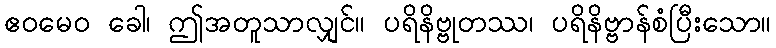
ဧဝမေဝ ခေါ၊ ဤအတူသာလျှင်။ ပရိနိဗ္ဗုတဿ၊ ပရိနိဗ္ဗာန်စံပြီးသော။